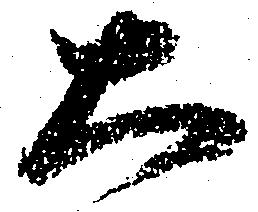
大